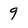
Character: 9